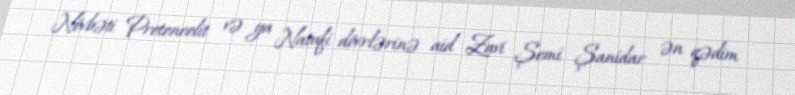
Növbəti Protoneolit və ya Natufi dövrlərinə aid Zavi Şemi Şanidar ən qədim